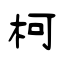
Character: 柯